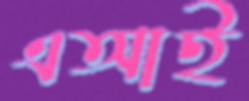
এআই